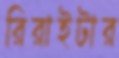
রিরাইটার